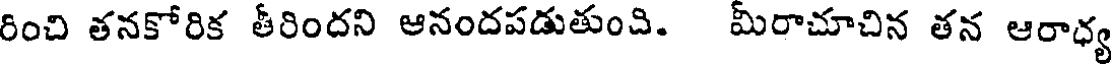
రించి తనకోరిక తీరిందని ఆనందపడుతుంచి. మీరాచూచిన తన ఆరాధ్య